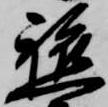
軈